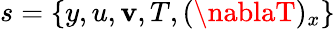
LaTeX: s=\{ y,u,\mathbf{v},T,(\nablaT)_{x}\}